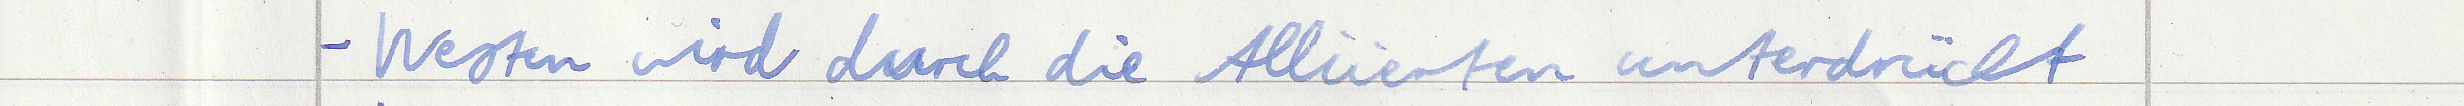
- Westen wird durch die Alliierten unterdrückt